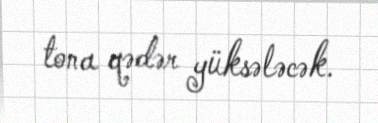
tona qədər yüksələcək.